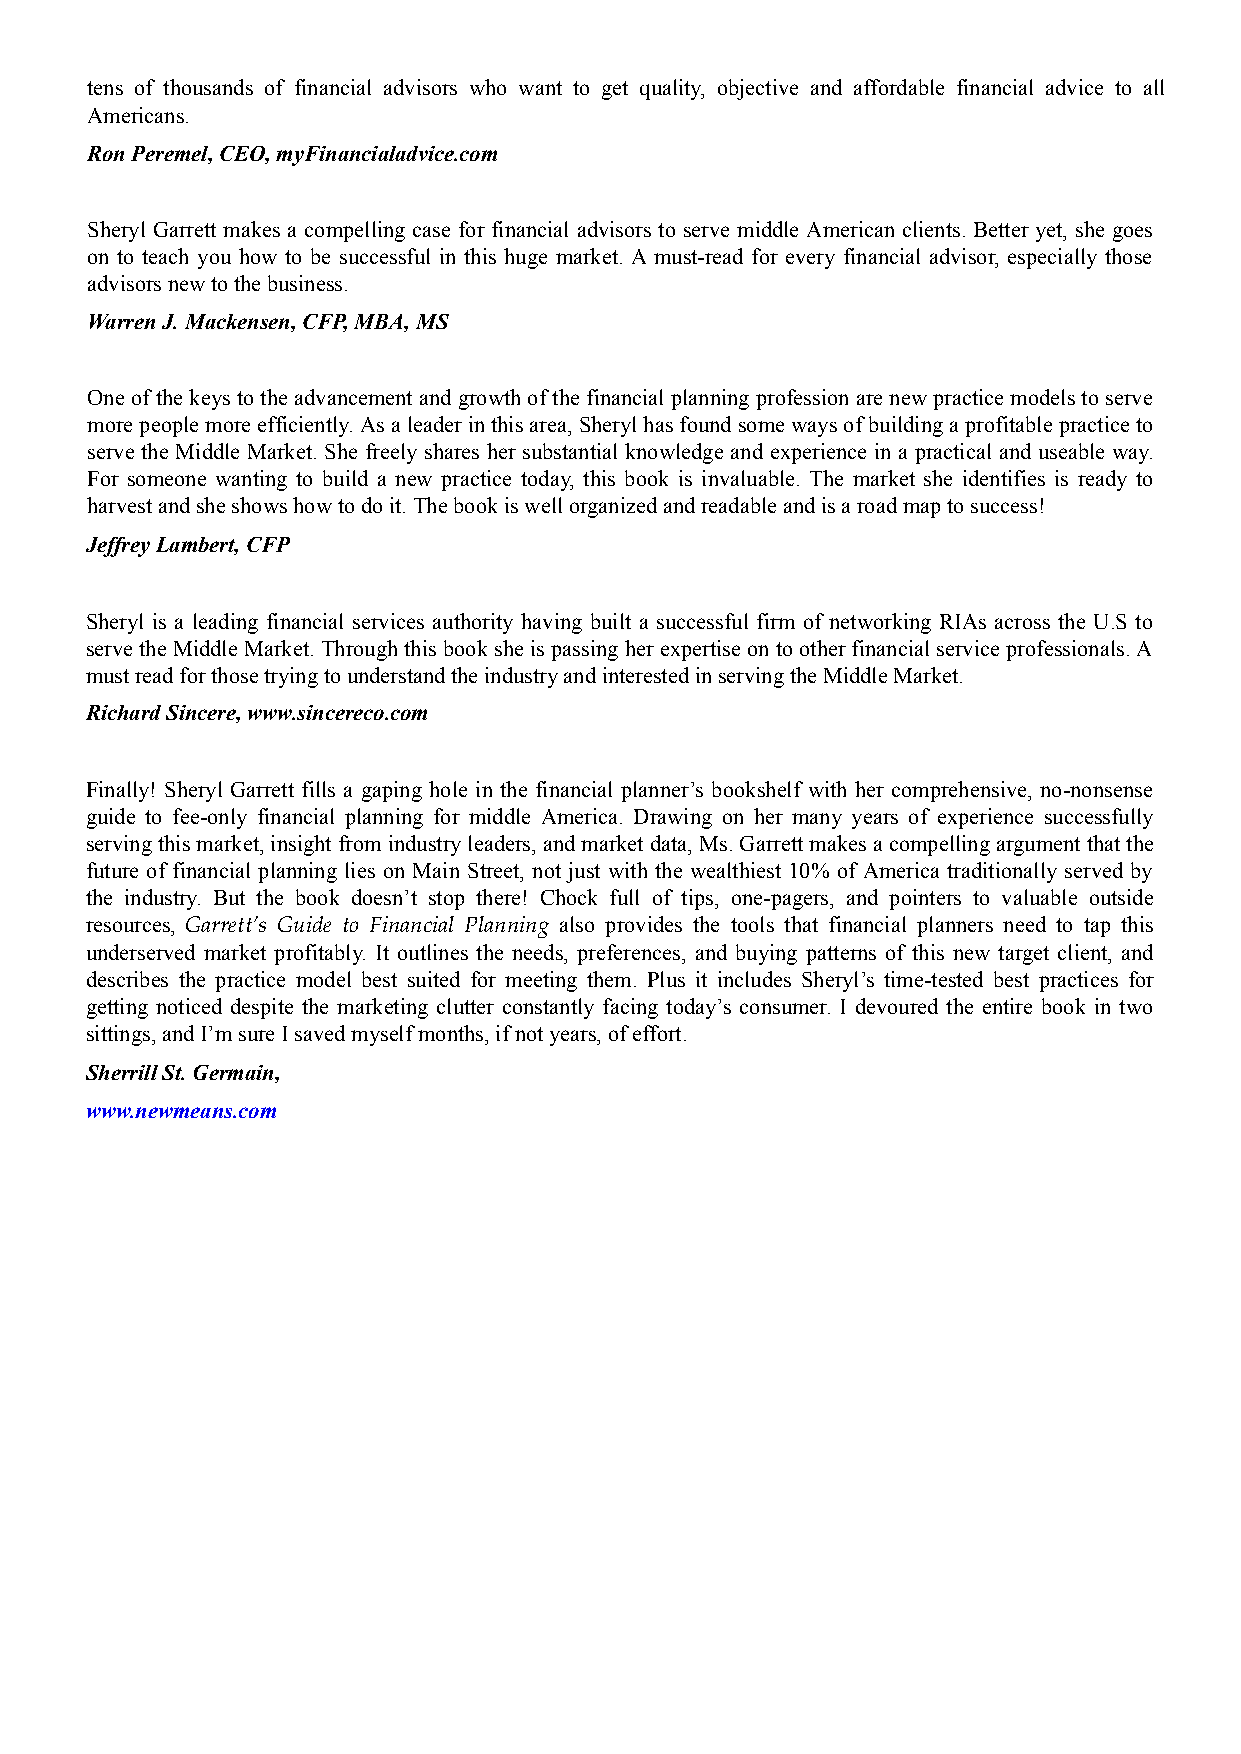
tens of thousands of financial advisors who want to get quality, objective and affordable financial advice to all
 Americans.
 Ron Peremel, CEO, myFinancialadvice.com
 Sheryl Garrett makes a compelling case for financial advisors to serve middle American clients. Better yet, she goes
 on to teach you how to be successful in this huge market. A must-read for every financial advisor, especially those
 advisors new to the business.
 Warren J. Mackensen, CFP, MBA, MS
 One of the keys to the advancement and growth of the financial planning profession are new practice models to serve
 more people more efficiently. As a leader in this area, Sheryl has found some ways of building a profitable practice to
 serve the Middle Market. She freely shares her substantial knowledge and experience in a practical and useable way.
 For someone wanting to build a new practice today, this book is invaluable. The market she identifies is ready to
 harvest and she shows how to do it. The book is well organized and readable and is a road map to success!
 Jeffrey Lambert, CFP
 Sheryl is a leading financial services authority having built a successful firm of networking RIAs across the U.S to
 serve the Middle Market. Through this book she is passing her expertise on to other financial service professionals. A
 must read for those trying to understand the industry and interested in serving the Middle Market.
 Richard Sincere, www.sincereco.com
 Finally! Sheryl Garrett fills a gaping hole in the financial planner’s bookshelf with her comprehensive, no-nonsense
 guide to fee-only financial planning for middle America. Drawing on her many years of experience successfully
 serving this market, insight from industry leaders, and market data, Ms. Garrett makes a compelling argument that the
 future of financial planning lies on Main Street, not just with the wealthiest 10% of America traditionally served by
 the industry. But the book doesn’t stop there! Chock full of tips, one-pagers, and pointers to valuable outside
 resources, Garrett’s Guide to Financial Planning also provides the tools that financial planners need to tap this
 underserved market profitably. It outlines the needs, preferences, and buying patterns of this new target client, and
 describes the practice model best suited for meeting them. Plus it includes Sheryl’s time-tested best practices for
 getting noticed despite the marketing clutter constantly facing today’s consumer. I devoured the entire book in two
 sittings, and I’m sure I saved myself months, if not years, of effort.
 Sherrill St. Germain,
 www.newmeans.com